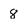
Character: 8